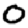
Digit: 0